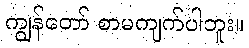
ကျွန်တော် စာမကျက်ပါဘူး။